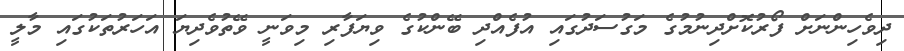
ދިވެހިންނަށް ފޯރުކޮށްދިނުމުގެ މަގުސަދުގައި އުފެއްދި ބޭންކުގެ ވިޔަފާރި މިވަނީ ވޭތުވެދިޔަ އަހަރުތަކުގައި މާލީ